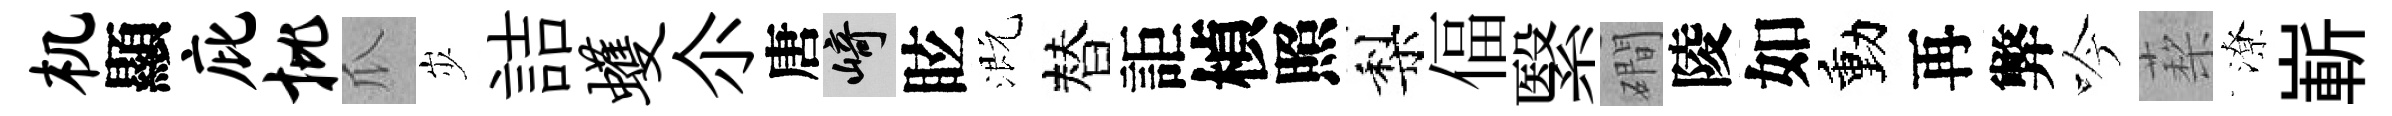
机顯庇批瓜𡵯詰蠖尒唐崎眩溉替詎楨照梨偪繄磵陵如動再弊吟蔾潦嶄